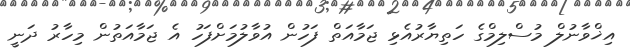
އިޚްވާނުލް މުސްލިމްގެ ހަތިޔާރުއެޅި ޖަމާއަތް ފަހުން އުވާލުމަށްފަހު އެ ޖަމާއަތުން މިހާރު ދަނީ